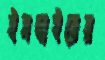
ইসদাইরের